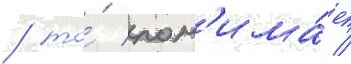
/ то́ пон'има́ет /